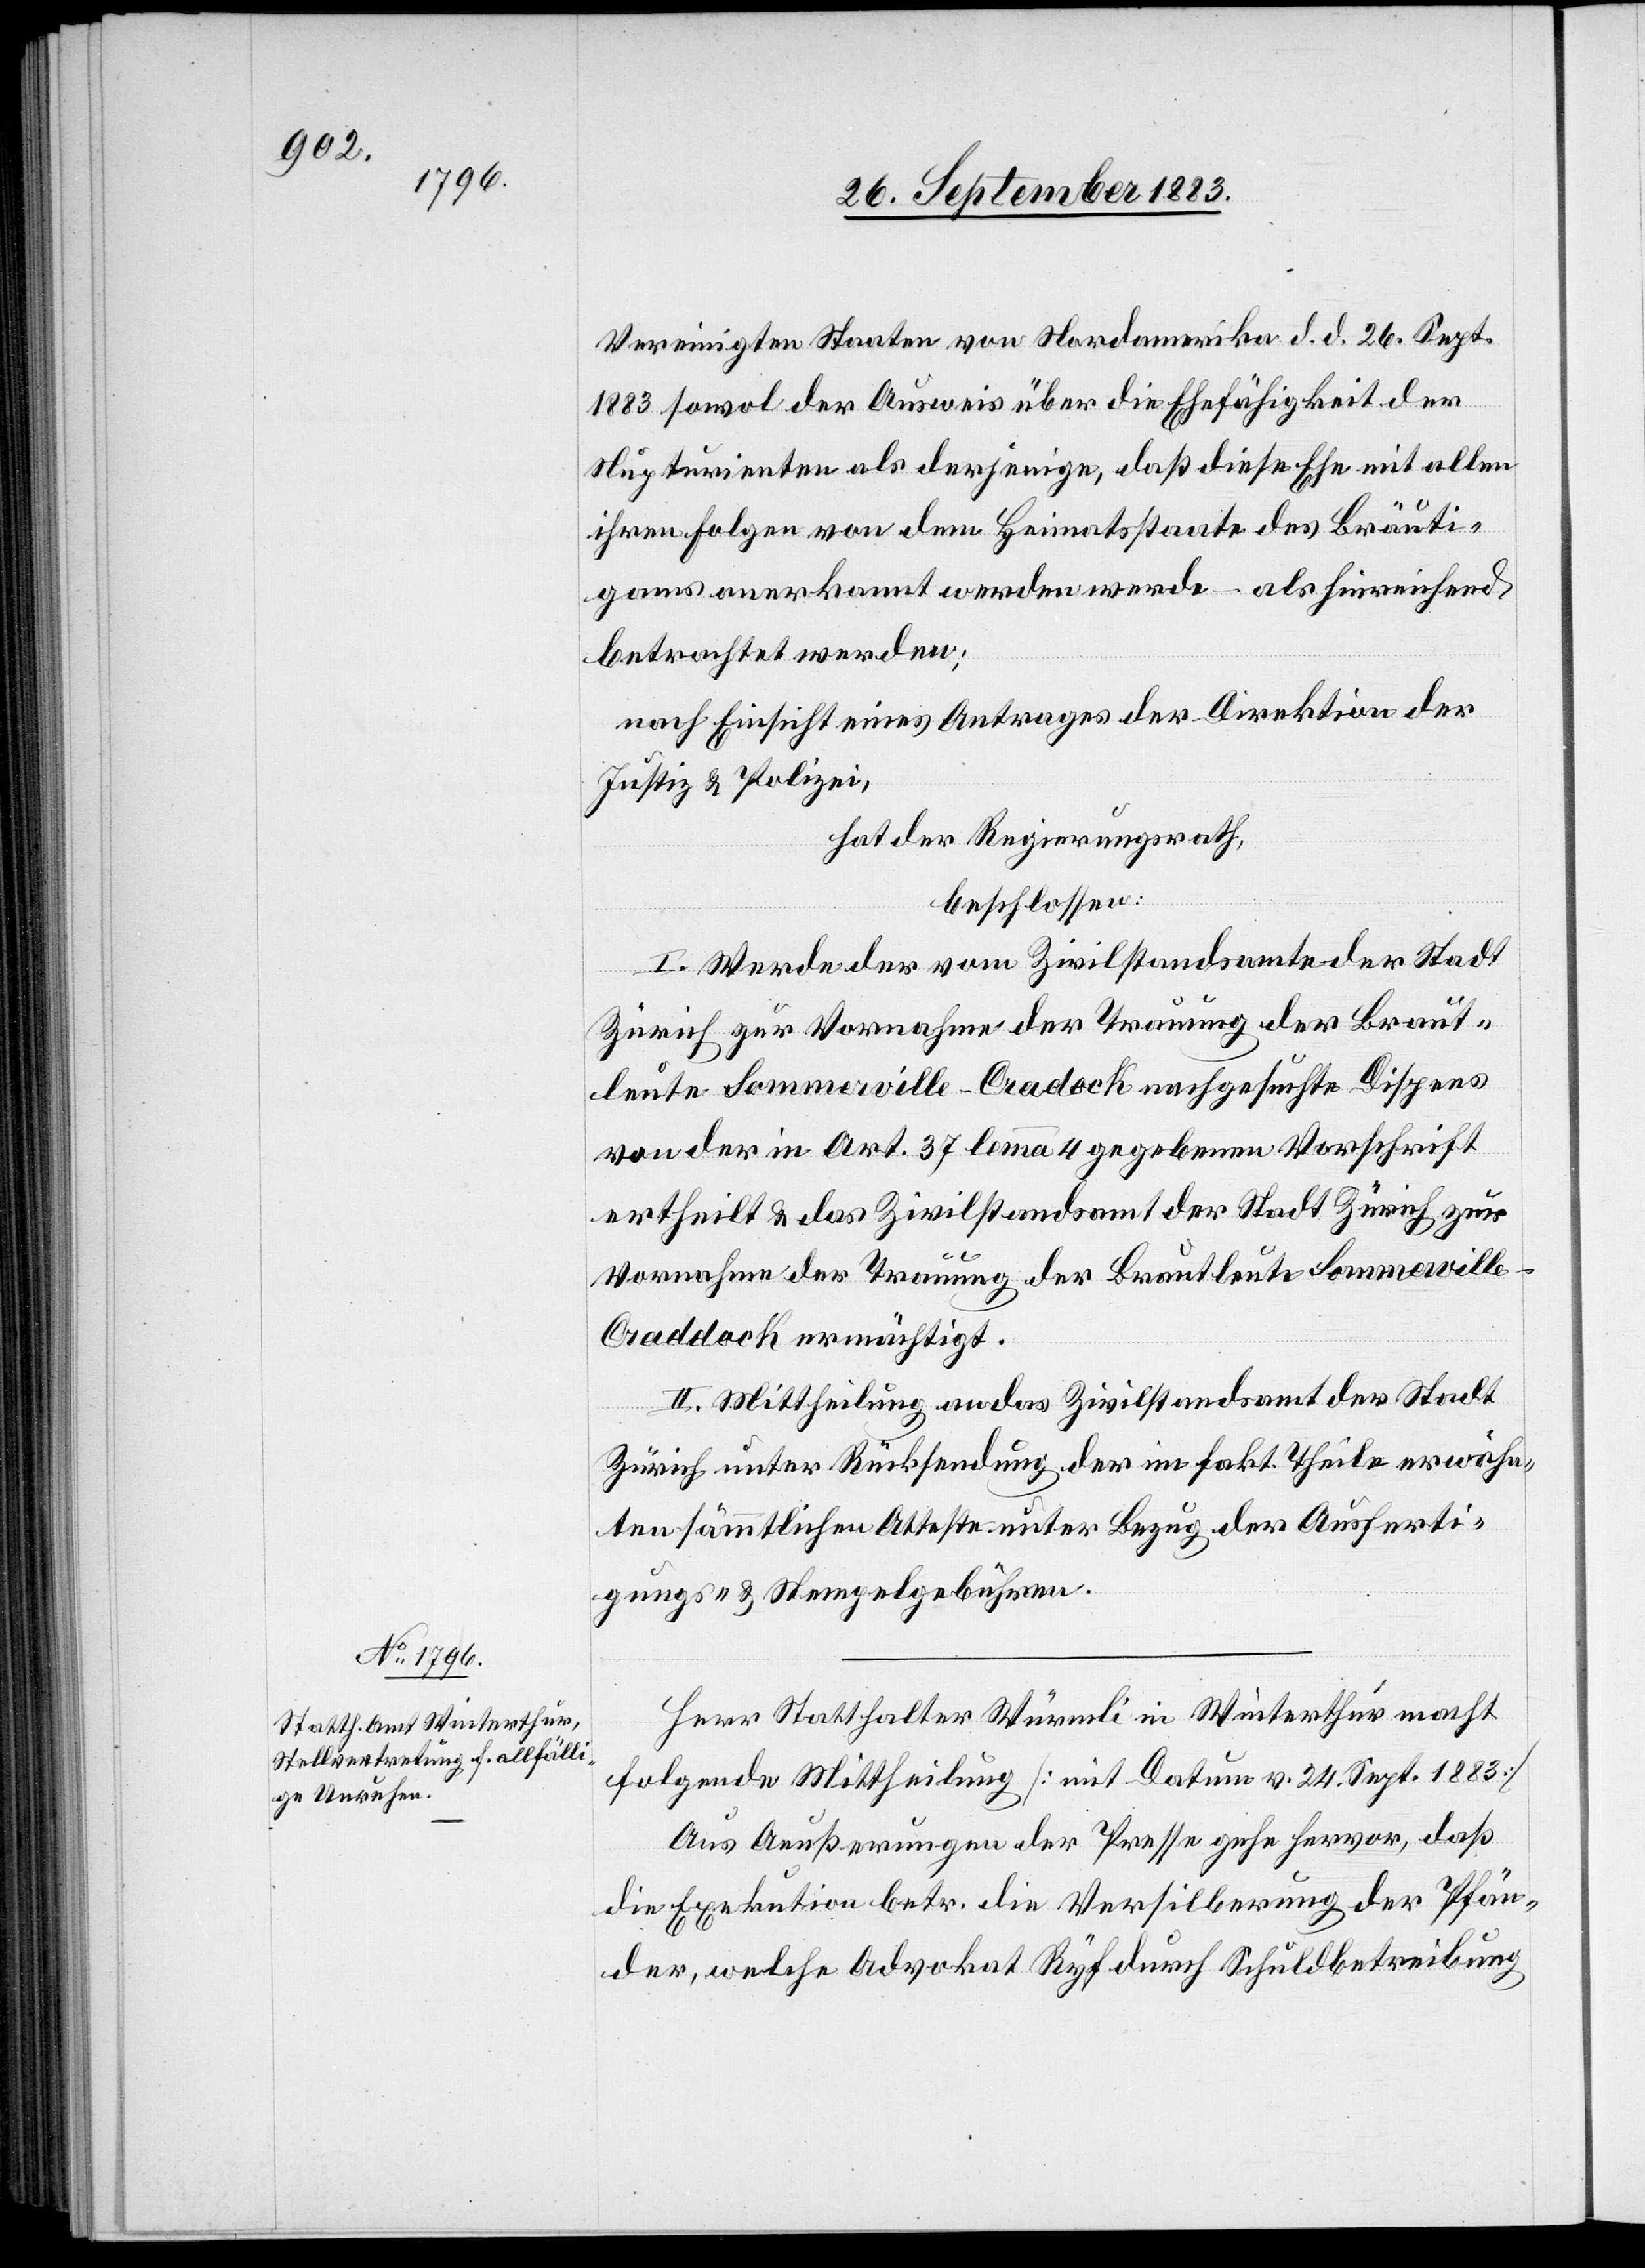
Vereinigten Staaten von Nordamerika d. d. 26. Sept.
1883 sowol der Ausweis über die Ehefähigkeit der
Nupturienten als derjenige, daß diese Ehe mit allen
ihren Folgen von dem Heimatsstaate des Bräuti¬
gams anerkannt werden werde – als hinreichend
betrachtet werden;
nach Einsicht eines Antrages der Direktion der
Justiz & Polizei,
hat der Regierungsrath,
beschlossen:
I. Werde der vom Zivilstandesamte der Stadt
Zürich zur Vornahme der Trauung der Braut¬
leute Sommerville-Cradock [sic!] nachgesuchte Dispens
von der in Art. 37 lemma 4 gegebenen Vorschrift
ertheilt & das Zivilstandsamt der Stadt Zürich zur
Vornahme der Trauung der Brautleute Sommervill¬
e-Craddock ermächtigt.
II. Mittheilung an das Zivilstandsamt der Stadt
Zürich unter Rücksendung der im fakt. Theile erwähn¬
ten sämmtlichen Atteste unter Bezug der Ausferti¬
gung- & Stempelgebühren.
Herr Statthalter Würmli in Winterthur macht
folgende Mittheilung [mit Datum v. 24. Sept. 1883]:
Aus Aeußerungen der Presse gehe hervor, daß
die Exekution betr. die Versilberung der Pfän¬
der, welche Advokat Ryf durch Schuldbetreibung